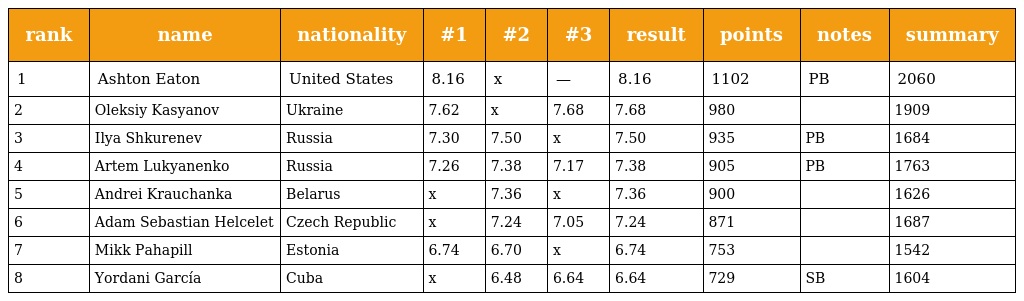
| rank | name | nationality | #1 | #2 | #3 | result | points | notes | summary |
 | --- | --- | --- | --- | --- | --- | --- | --- | --- | --- |
 | 1 | Ashton Eaton | United States | 8.16 | x | — | 8.16 | 1102 | PB | 2060 |
 | 2 | Oleksiy Kasyanov | Ukraine | 7.62 | x | 7.68 | 7.68 | 980 |  | 1909 |
 | 3 | Ilya Shkurenev | Russia | 7.30 | 7.50 | x | 7.50 | 935 | PB | 1684 |
 | 4 | Artem Lukyanenko | Russia | 7.26 | 7.38 | 7.17 | 7.38 | 905 | PB | 1763 |
 | 5 | Andrei Krauchanka | Belarus | x | 7.36 | x | 7.36 | 900 |  | 1626 |
 | 6 | Adam Sebastian Helcelet | Czech Republic | x | 7.24 | 7.05 | 7.24 | 871 |  | 1687 |
 | 7 | Mikk Pahapill | Estonia | 6.74 | 6.70 | x | 6.74 | 753 |  | 1542 |
 | 8 | Yordani García | Cuba | x | 6.48 | 6.64 | 6.64 | 729 | SB | 1604 |